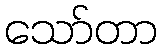
သော်တာ